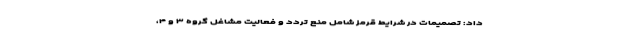
داد: تصمیمات در شرایط قرمز شامل منع تردد و فعالیت مشاغل گروه ۳ و ۴،